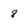
Character: 8